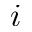
i